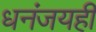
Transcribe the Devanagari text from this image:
धनंजयही